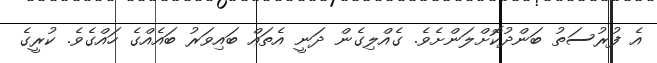
އެ ފުރުސަތު ބަންދުކޮށްލަންށެވެ. ގެއްލިގެން ދަނީ އެތައް ބައިވަރު ބައެއްގެ ހައްގެވެ. ކުރީގެ